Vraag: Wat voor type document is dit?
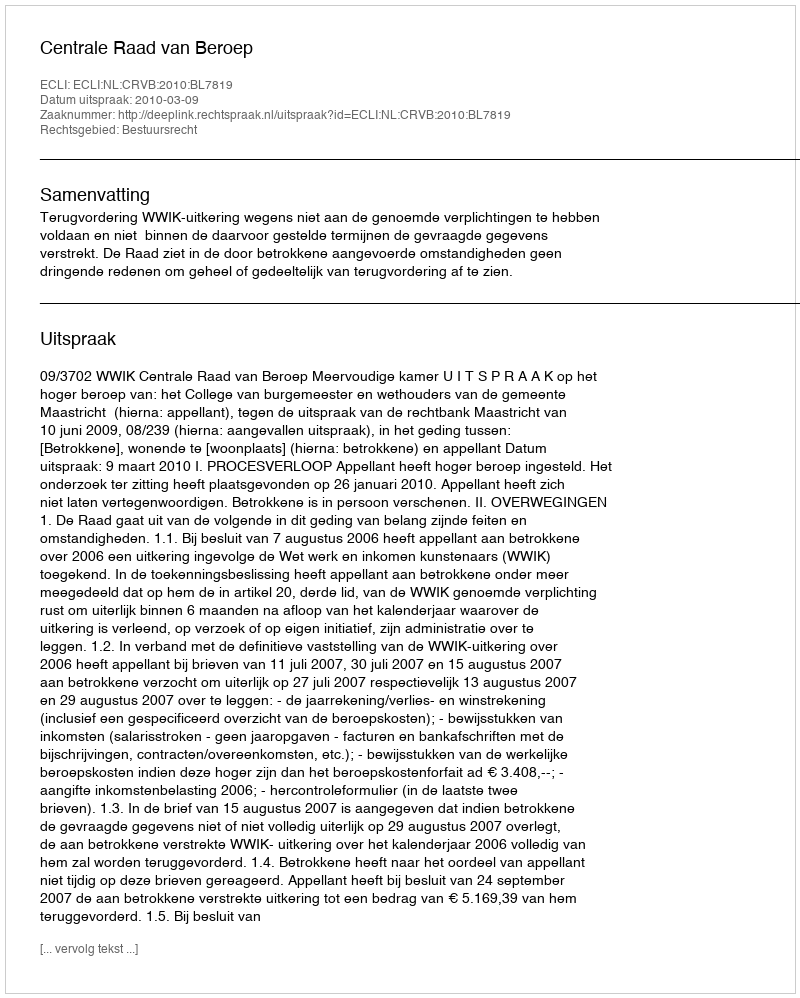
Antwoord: Uitspraak